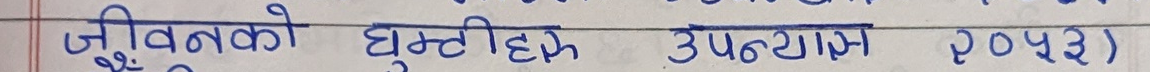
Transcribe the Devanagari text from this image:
जीवनको घुम्तीहे उपन्यास २०५३)